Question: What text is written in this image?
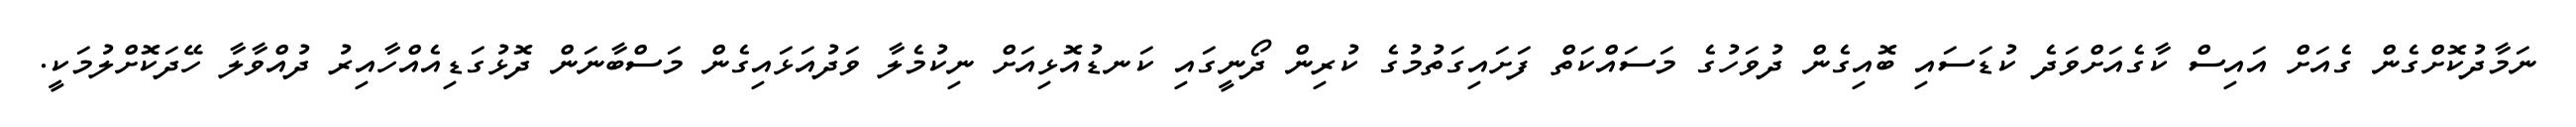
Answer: ނަމާދުކޮށްގެން ގެއަށް އައިސް ކާގެއަށްވަދެ ކުޑަސައި ބޮއިގެން ދުވަހުގެ މަސައްކަތް ފަށައިގަތުމުގެ ކުރިން ދޯނީގައި ކަނޑުއޮޅިއަށް ނިކުމެލާ ވަދުއަޅައިގެން މަސްބާނަން ދޮޅުގަޑިއެއްހާއިރު ދުއްވާލާ ހޭދަކޮށްލުމަކީ.